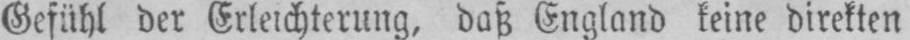
Gefühl der Erleichterung, daß England keine direkten